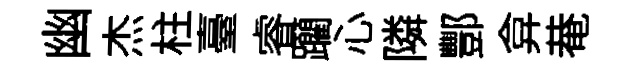
幽杰柱臺睿躪心隣酆弇𤲅